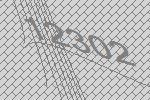
12302